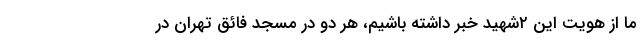
ما از هویت این ۲شهید خبر داشته باشیم، هر دو در مسجد فائق تهران در